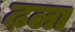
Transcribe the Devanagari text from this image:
ढ़ला